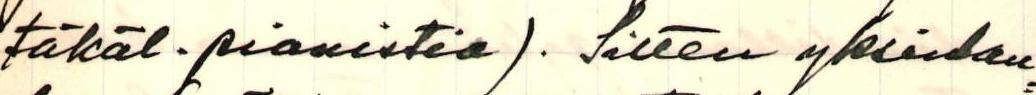
täkäl. pianistia). Sitten yksinlau=